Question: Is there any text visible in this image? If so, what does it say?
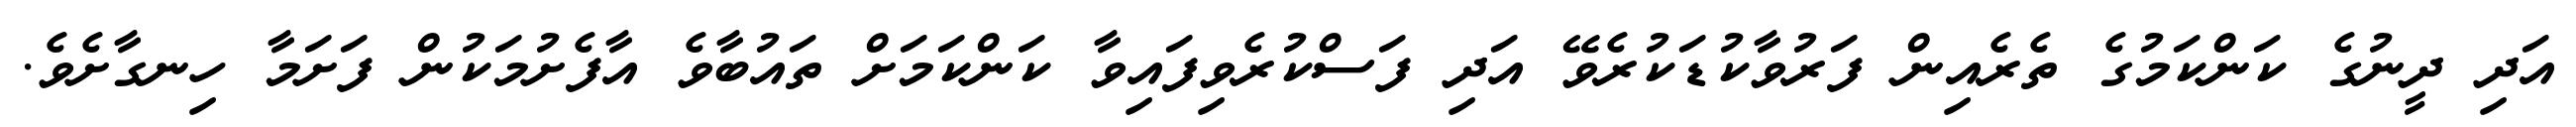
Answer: އަދި ދީނުގެ ކަންކަމުގެ ތެރެއިން ފަރުވާކުޑަކުރެވޭ އަދި ފަސްކުރެވިފައިވާ ކަންކަމަށް ތައުބާވެ އާފެށުމަކުން ފަށަމާ ހިނގާށެވެ.